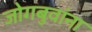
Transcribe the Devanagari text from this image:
जोगबुवांना